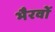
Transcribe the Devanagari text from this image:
भैरवों